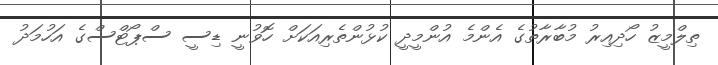
ތިލްމީޒު ހޯދިއިރު މުބާރާތުގެ އެންމެ އުންމީދީ ކުޅުންތެރިއަކަށް ހޮވުނީ ޑިސީ ސްޕޯޓްސްގެ އަހުމަދު